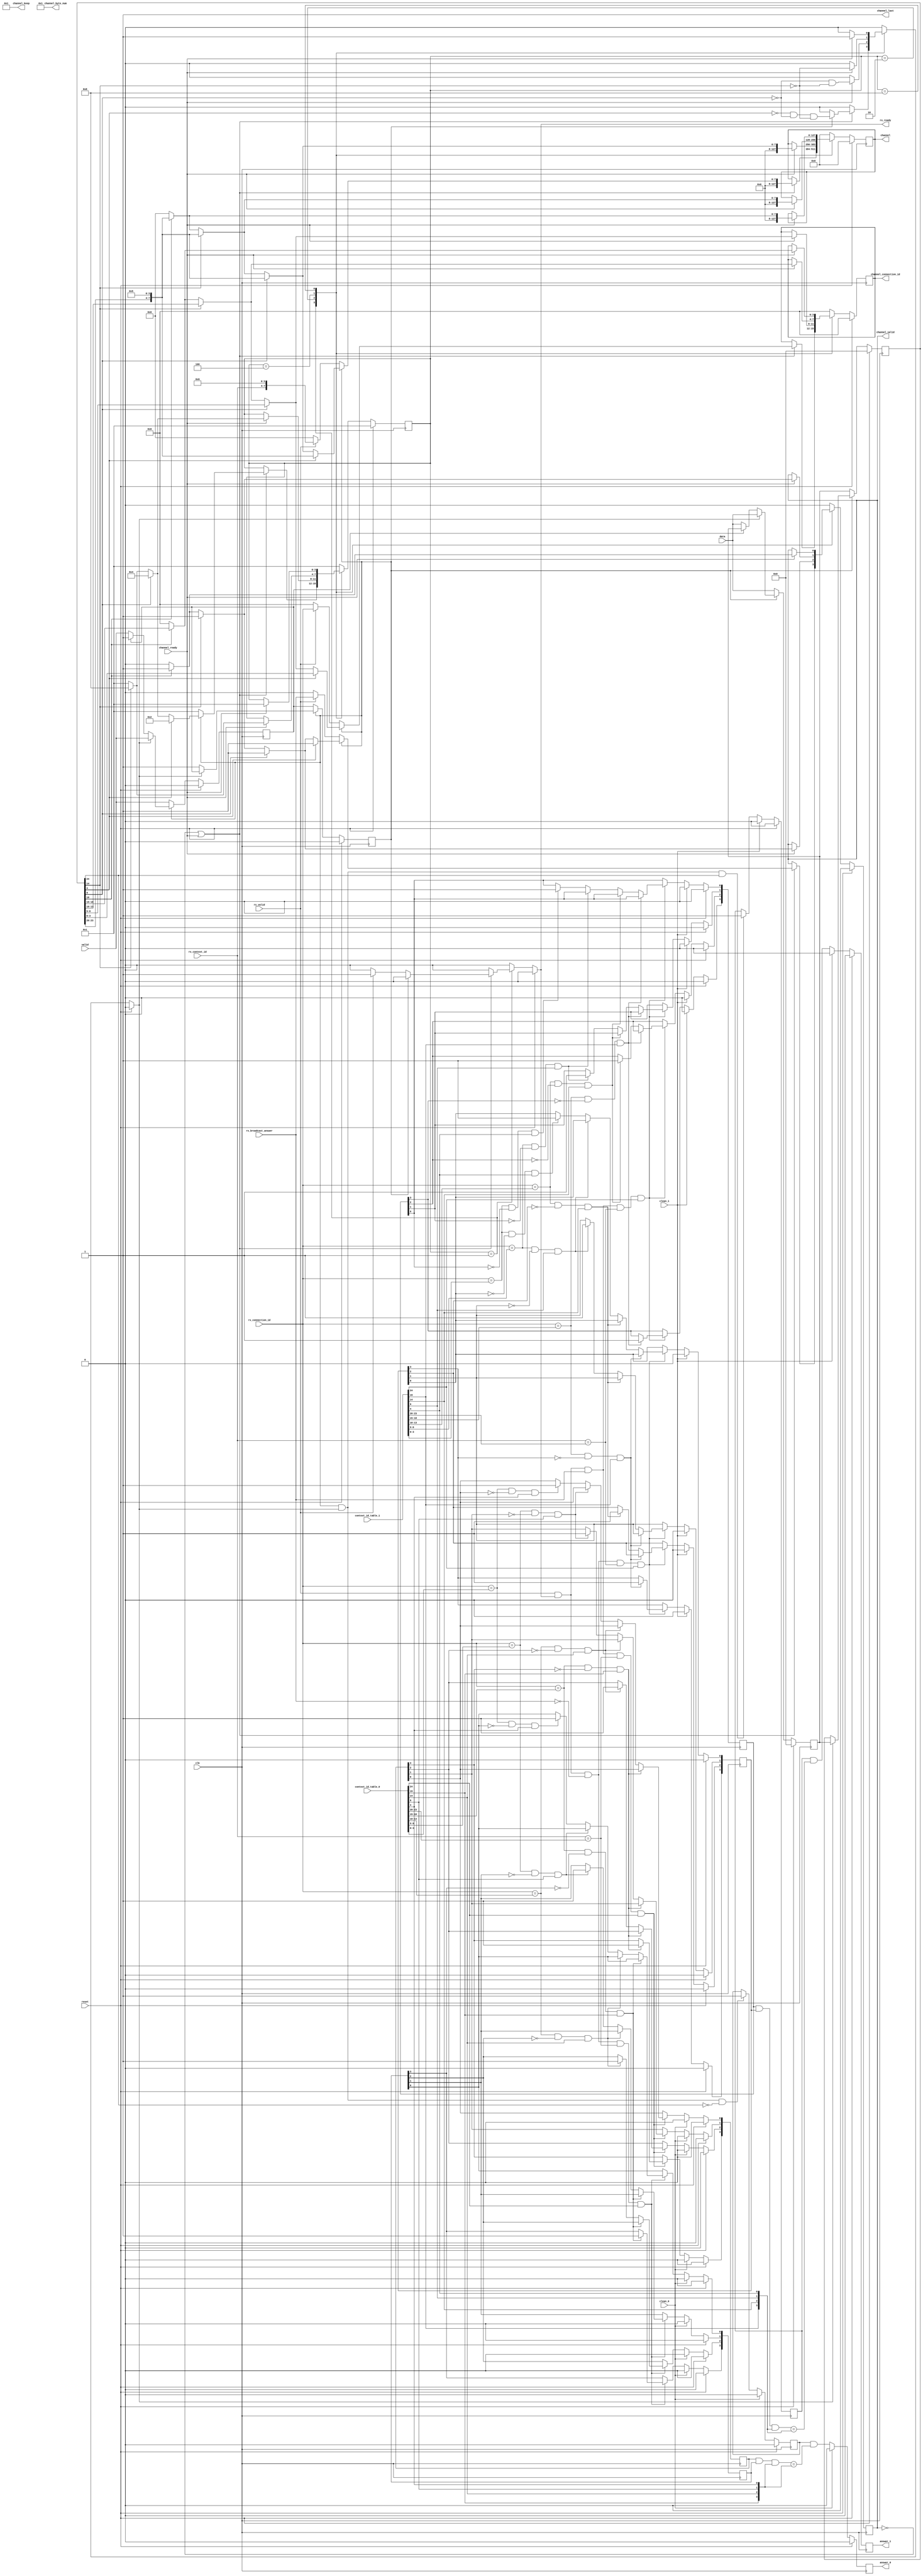
`timescale 1ns / 1ps

module barrier_tx
(
    input  wire             reset,
    input  wire             clk,

    input  wire [24:0]      context_id_table_0,  //{(context_id_0[4] & start_soft),context_id_0[3:0],connection_id_3,connection_id_2,connection_id_1,connection_id_0}
    input  wire [24:0]      context_id_table_1,  //{(context_id_1[4] & start_soft),context_id_1[3:0],connection_id_7,connection_id_6,connection_id_5,connection_id_4};

    input  wire             valid,    //keep 1 flop  include & start_soft & context_id_0[4]
    input  wire [24:0]      data,    //25bit   broadcase information
   
    output reg              answer_0=1'b0,   //use to be read by lite
    input  wire             clean_0,        //keep 1 flop after read
    output reg              answer_1=1'b0,
    input  wire             clean_1,

    input  wire [3:0]       rx_connection_id,
    input  wire [3:0]       rx_context_id,
    input  wire             rx_broadcast_answer,  //high stand for broadcast message from other,low stand for answer message from other
    input  wire             rx_valid,
    output reg              rx_ready=1'b0,
   
    output reg  [127:0]     channel=128'b0,
    output reg  [3:0]       channel_connection_id=4'b0,
    output wire [12:0]      channel_byte_num,
    output wire [15:0]      channel_keep,
    output wire             channel_last,
    output reg              channel_valid=1'b0,
    input  wire             channel_ready
);


assign        channel_keep = 16'h1;
assign        channel_last = 1'b1;
assign        channel_byte_num = 13'b 1;

reg  [24:0]   data_mid_0 = 25'b0;
reg  [24:0]   data_mid_1 = 25'b0;
reg           valid_mid_0 = 1'b0;
reg           valid_mid_1 = 1'b0;
reg           ready_mid_0 = 1'b0;

always @(posedge clk) //as 2 depth fifo,  data_out of fifo is data_mid_0, valid_out of fifo is valid_mid_0,rden of fifo is ready_mid_0
begin
    if (reset)
    begin
        data_mid_1    <= 25'b0;
        valid_mid_1   <= 1'b0;
        data_mid_0    <= 25'b0;
        valid_mid_0   <= 1'b0;        
    end
    else if (~valid_mid_0)
    begin
        data_mid_1    <= data;
        valid_mid_1   <= valid;
        data_mid_0    <= data_mid_1;
        valid_mid_0   <= valid_mid_1;
    end
    else 
    begin
        if (~valid_mid_1)
        begin
            data_mid_1    <= data;
            valid_mid_1   <= valid;
        end
        
        if (ready_mid_0)
        begin
            data_mid_0    <= data_mid_1;
            valid_mid_0   <= valid_mid_1;
            data_mid_1    <= data;
            valid_mid_1   <= valid;
        end  
    end
end


localparam SW         = 4;
localparam ONE_HOT    = 4'b 1;
localparam st0        = ONE_HOT << 0;
localparam st1        = ONE_HOT << 1;
localparam st2        = ONE_HOT << 2;
localparam st3        = ONE_HOT << 3;
reg  [SW-1:0]    state=st0;
reg  [SW-1:0]    next_state=st0;

reg  [127:0]     next_channel = 128'b0;
reg  [3:0]       next_channel_connection_id = 4'b0;
reg              next_channel_valid = 1'b0;

always @(posedge clk)
begin
    if (reset)
    begin
        channel                <= 128'b0;
        channel_connection_id  <= 4'b0;
        channel_valid          <= 1'b0;
        state                  <= st0;
    end
    else 
    begin
        channel                <= next_channel;
        channel_connection_id  <= next_channel_connection_id;
        channel_valid          <= next_channel_valid;
        state                  <= next_state;
    end
end

always @(reset                    or
         state                    or
         channel                  or
         channel_connection_id    or
         channel_valid            or
         channel_ready            or
         valid_mid_0              or
         rx_valid                 or
         rx_context_id            or
         rx_connection_id         or
         rx_broadcast_answer      or
         data_mid_0[23:0]         
        )
begin
    next_channel                <= channel;
    next_channel_connection_id  <= channel_connection_id;
    next_channel_valid          <= channel_valid;
    next_state                  <= state;
    if (reset)
    begin
        next_channel                <= 128'b0;
        next_channel_connection_id  <= 4'b0;
        next_channel_valid          <= 1'b0;
        next_state                  <= st0;
        rx_ready                    <= 1'b0;
        ready_mid_0                 <= 1'b0;
    end
    else
    begin
        case (state)
        st0:
        begin
            if ((~channel_valid) | channel_ready)
            begin 
                if (valid_mid_0)
                begin
                    rx_ready                      <= 1'b0;
                    ready_mid_0                   <= (~data_mid_0[4]) & (~data_mid_0[9]) & (~data_mid_0[14]);    // ready_mid_0 is high after deal with barrier sending 
                    if (data_mid_0[4])
                    begin
                        next_channel                 <= {120'b0,data_mid_0[23:20],4'h5};
                        next_channel_connection_id   <= data_mid_0[3:0];
                        next_channel_valid           <= 1'b 1;
                        next_state                   <= st1;
                    end
                    else if (data_mid_0[9])
                    begin
                        next_channel                 <= {120'b0,data_mid_0[23:20],4'h5};
                        next_channel_connection_id   <= data_mid_0[8:5];
                        next_channel_valid           <= 1'b 1;
                        next_state                   <= st2;
                    end
                    else if (data_mid_0[14])
                    begin
                        next_channel                 <= {120'b0,data_mid_0[23:20],4'h5};
                        next_channel_connection_id   <= data_mid_0[13:10];
                        next_channel_valid           <= 1'b 1;
                        next_state                   <= st3;
                    end
                    else if (data_mid_0[19])
                    begin
                        next_channel                 <= {120'b0,data_mid_0[23:20],4'h5};
                        next_channel_connection_id   <= data_mid_0[18:15];
                        next_channel_valid           <= 1'b 1;
                        next_state                   <= st0;
                    end
                    else
                    begin
                        next_channel                 <= 128'b0;
                        next_channel_connection_id   <= 4'b0;
                        next_channel_valid           <= 1'b 0;
                        next_state                   <= st0;
                    end
                end
                else if (rx_valid)
                begin
                    rx_ready                     <= 1'b1;
                    ready_mid_0                  <= 1'b0;
                    next_channel                 <= {120'b0,rx_context_id,4'h6};
                    next_channel_connection_id   <= rx_connection_id;
                    next_channel_valid           <= rx_broadcast_answer;    //high stand for broadcast message from other,low stand for answer message from other
                    next_state                   <= st0;
                end
                else
                begin
                    rx_ready                     <= 1'b0;
                    ready_mid_0                  <= 1'b0;
                    next_channel                 <= 128'b0;
                    next_channel_connection_id   <= 4'b0;
                    next_channel_valid           <= 1'b0;
                    next_state                   <= st0;
                end
            end
            else
            begin
                rx_ready                      <= 1'b0;
                ready_mid_0                   <= 1'b0;
            end
        end
        st1:   //test data_mid[9]
        begin
            rx_ready                     <= 1'b0;
            if (channel_ready)
            begin
                ready_mid_0                   <= (~data_mid_0[9]) & (~data_mid_0[14]);
                if (data_mid_0[9])
                begin
                    next_channel                 <= {120'b0,data_mid_0[23:20],4'h5};
                    next_channel_connection_id   <= data_mid_0[8:5];
                    next_channel_valid           <= 1'b 1;
                    next_state                   <= st2;
                end
                else if (data_mid_0[14])
                begin
                    next_channel                 <= {120'b0,data_mid_0[23:20],4'h5};
                    next_channel_connection_id   <= data_mid_0[13:10];
                    next_channel_valid           <= 1'b 1;
                    next_state                   <= st3;
                end
                else if (data_mid_0[19])
                begin
                    next_channel                 <= {120'b0,data_mid_0[23:20],4'h5};
                    next_channel_connection_id   <= data_mid_0[18:15];
                    next_channel_valid           <= 1'b 1;
                    next_state                   <= st0;
                end
                else
                begin
                    next_channel                 <= 128'b0;
                    next_channel_connection_id   <= 4'b0;
                    next_channel_valid           <= 1'b 0;
                    next_state                   <= st0;
                end
            end
            else
            begin
                ready_mid_0                   <= 1'b0;
            end
        end

        st2:   //test data_mid[14]
        begin
            rx_ready                     <= 1'b0;
            if (channel_ready)
            begin
                ready_mid_0                   <= ~data_mid_0[14];
                if (data_mid_0[14])
                begin
                    next_channel                 <= {120'b0,data_mid_0[23:20],4'h5};
                    next_channel_connection_id   <= data_mid_0[13:10];
                    next_channel_valid           <= 1'b 1;
                    next_state                   <= st3;
                end
                else if (data_mid_0[19])
                begin
                    next_channel                 <= {120'b0,data_mid_0[23:20],4'h5};
                    next_channel_connection_id   <= data_mid_0[18:15];
                    next_channel_valid           <= 1'b 1;
                    next_state                   <= st0;
                end
                else
                begin
                    next_channel                 <= 128'b0;
                    next_channel_connection_id   <= 4'b0;
                    next_channel_valid           <= 1'b 0;
                    next_state                   <= st0;
                end
            end
            else
            begin
                ready_mid_0              <= 1'b 0;
            end
        end
        st3:   //test data_mid[19]
        begin
            rx_ready                     <= 1'b0;
            if (channel_ready)
            begin
                ready_mid_0                  <= 1'b 1;
                next_state                   <= st0;
                if (data_mid_0[19])
                begin
                    next_channel                 <= {120'b0,data_mid_0[23:20],4'h5};
                    next_channel_connection_id   <= data_mid_0[18:15];
                    next_channel_valid           <= 1'b 1;
                end
                else
                begin
                    next_channel                 <= 128'b0;
                    next_channel_connection_id   <= 4'b0;
                    next_channel_valid           <= 1'b 0;
                end
            end
            else
            begin
                ready_mid_0                  <= 1'b 0;
            end
        end 
        default:
        begin
            next_channel                <= 128'b0;
            next_channel_connection_id  <= 4'b0;
            next_channel_valid          <= 1'b0;
            next_state                  <= st0;
            rx_ready                    <= 1'b0;
            ready_mid_0                 <= 1'b0;
        end
        endcase
    end
end



reg         context_valid_0= 1'b0;
reg         context_valid_1= 1'b0;
        
reg [3:0]   context_broadcast_0= 4'b0;   //record received broadcase package
reg [3:0]   context_broadcast_1= 4'b0;

reg [3:0]   context_answer_0= 4'b0;    //record received answer package
reg [3:0]   context_answer_1= 4'b0;
        


always @(posedge clk)
begin
    if (reset)
    begin
        context_valid_0       <= 1'b0;
        context_valid_1       <= 1'b0;
        
        context_broadcast_0    <= 4'b0;
        context_broadcast_1    <= 4'b0;
        
        context_answer_0       <= 4'b0;
        context_answer_1       <= 4'b0;
        
        answer_0               <= 1'b0;
        answer_1               <= 1'b0;
    end
    else
    begin
        if (clean_0)
            context_valid_0       <= 1'b0;
        else if (valid_mid_0 & ready_mid_0  & (~data_mid_0[24]))
            context_valid_0       <= 1'b1;   
                        
        if (clean_1)
            context_valid_1       <= 1'b0;
        else if (valid_mid_0 & ready_mid_0 & data_mid_0[24])
            context_valid_1       <= 1'b1;
        
        if (clean_0)
            context_broadcast_0    <= 4'b0;
        else if (rx_valid & rx_ready & rx_broadcast_answer & (rx_context_id==context_id_table_0[23:20]) & context_id_table_0[24])
        begin
            if ((rx_connection_id==context_id_table_0[18:15]) & (~context_broadcast_0[3]) & context_id_table_0[19])
                context_broadcast_0[3]   <= 1'b1;
            else if ((rx_connection_id==context_id_table_0[13:10]) & (~context_broadcast_0[2]) & context_id_table_0[14])
                context_broadcast_0[2]   <= 1'b1;
            else if ((rx_connection_id==context_id_table_0[8:5]) & (~context_broadcast_0[1]) & context_id_table_0[9])
                context_broadcast_0[1]   <= 1'b1;        
            else if ((rx_connection_id==context_id_table_0[3:0]) & (~context_broadcast_0[0]) & context_id_table_0[4])
                context_broadcast_0[0]   <= 1'b1;        
        end

        if (clean_1)
            context_broadcast_1    <= 4'b0;
        else if (rx_valid & rx_ready & rx_broadcast_answer & (rx_context_id==context_id_table_1[23:20]) & context_id_table_1[24])
        begin
            if ((rx_connection_id==context_id_table_1[18:15]) & (~context_broadcast_1[3]) & context_id_table_1[19])
                context_broadcast_1[3]   <= 1'b1;
            else if ((rx_connection_id==context_id_table_1[13:10]) & (~context_broadcast_1[2]) & context_id_table_1[14])
                context_broadcast_1[2]   <= 1'b1;
            else if ((rx_connection_id==context_id_table_1[8:5]) & (~context_broadcast_1[1]) & context_id_table_1[9])
                context_broadcast_1[1]   <= 1'b1;        
            else if ((rx_connection_id==context_id_table_1[3:0]) & (~context_broadcast_1[0]) & context_id_table_1[4])
                context_broadcast_1[0]   <= 1'b1;        
        end



        if (clean_0)
            context_answer_0    <= 4'b0;
        else if (rx_valid & rx_ready & (~rx_broadcast_answer) & (rx_context_id==context_id_table_0[23:20]) & context_id_table_0[24])
        begin
            if ((rx_connection_id==context_id_table_0[18:15]) & (~context_answer_0[3]) & context_id_table_0[19])
                context_answer_0[3]   <= 1'b1;
            else if ((rx_connection_id==context_id_table_0[13:10]) & (~context_answer_0[2]) & context_id_table_0[14])
                context_answer_0[2]   <= 1'b1;
            else if ((rx_connection_id==context_id_table_0[8:5]) & (~context_answer_0[1]) & context_id_table_0[9])
                context_answer_0[1]   <= 1'b1;        
            else if ((rx_connection_id==context_id_table_0[3:0]) & (~context_answer_0[0]) & context_id_table_0[4])
                context_answer_0[0]   <= 1'b1;        
        end

        if (clean_1)
            context_answer_1    <= 4'b0;
        else if (rx_valid & rx_ready & (~rx_broadcast_answer) & (rx_context_id==context_id_table_1[23:20]) & context_id_table_1[24])
        begin
            if ((rx_connection_id==context_id_table_1[18:15]) & (~context_answer_1[3]) & context_id_table_1[19])
                context_answer_1[3]   <= 1'b1;
            else if ((rx_connection_id==context_id_table_1[13:10]) & (~context_answer_1[2]) & context_id_table_1[14])
                context_answer_1[2]   <= 1'b1;
            else if ((rx_connection_id==context_id_table_1[8:5]) & (~context_answer_1[1]) & context_id_table_1[9])
                context_answer_1[1]   <= 1'b1;        
            else if ((rx_connection_id==context_id_table_1[3:0]) & (~context_answer_1[0]) & context_id_table_1[4])
                context_answer_1[0]   <= 1'b1;        
        end
        
        if (clean_0)
            answer_0             <= 1'b0;
        else
            answer_0             <= context_valid_0 & ((context_broadcast_0 & context_answer_0 & {context_id_table_0[19],context_id_table_0[14],context_id_table_0[9],context_id_table_0[4]}) == {context_id_table_0[19],context_id_table_0[14],context_id_table_0[9],context_id_table_0[4]});

        if (clean_1)
            answer_1             <= 1'b0;
        else
            answer_1             <= context_valid_1 & ((context_broadcast_1 & context_answer_1 & {context_id_table_1[19],context_id_table_1[14],context_id_table_1[9],context_id_table_1[4]}) == {context_id_table_1[19],context_id_table_1[14],context_id_table_1[9],context_id_table_1[4]});
    end
end
endmodule